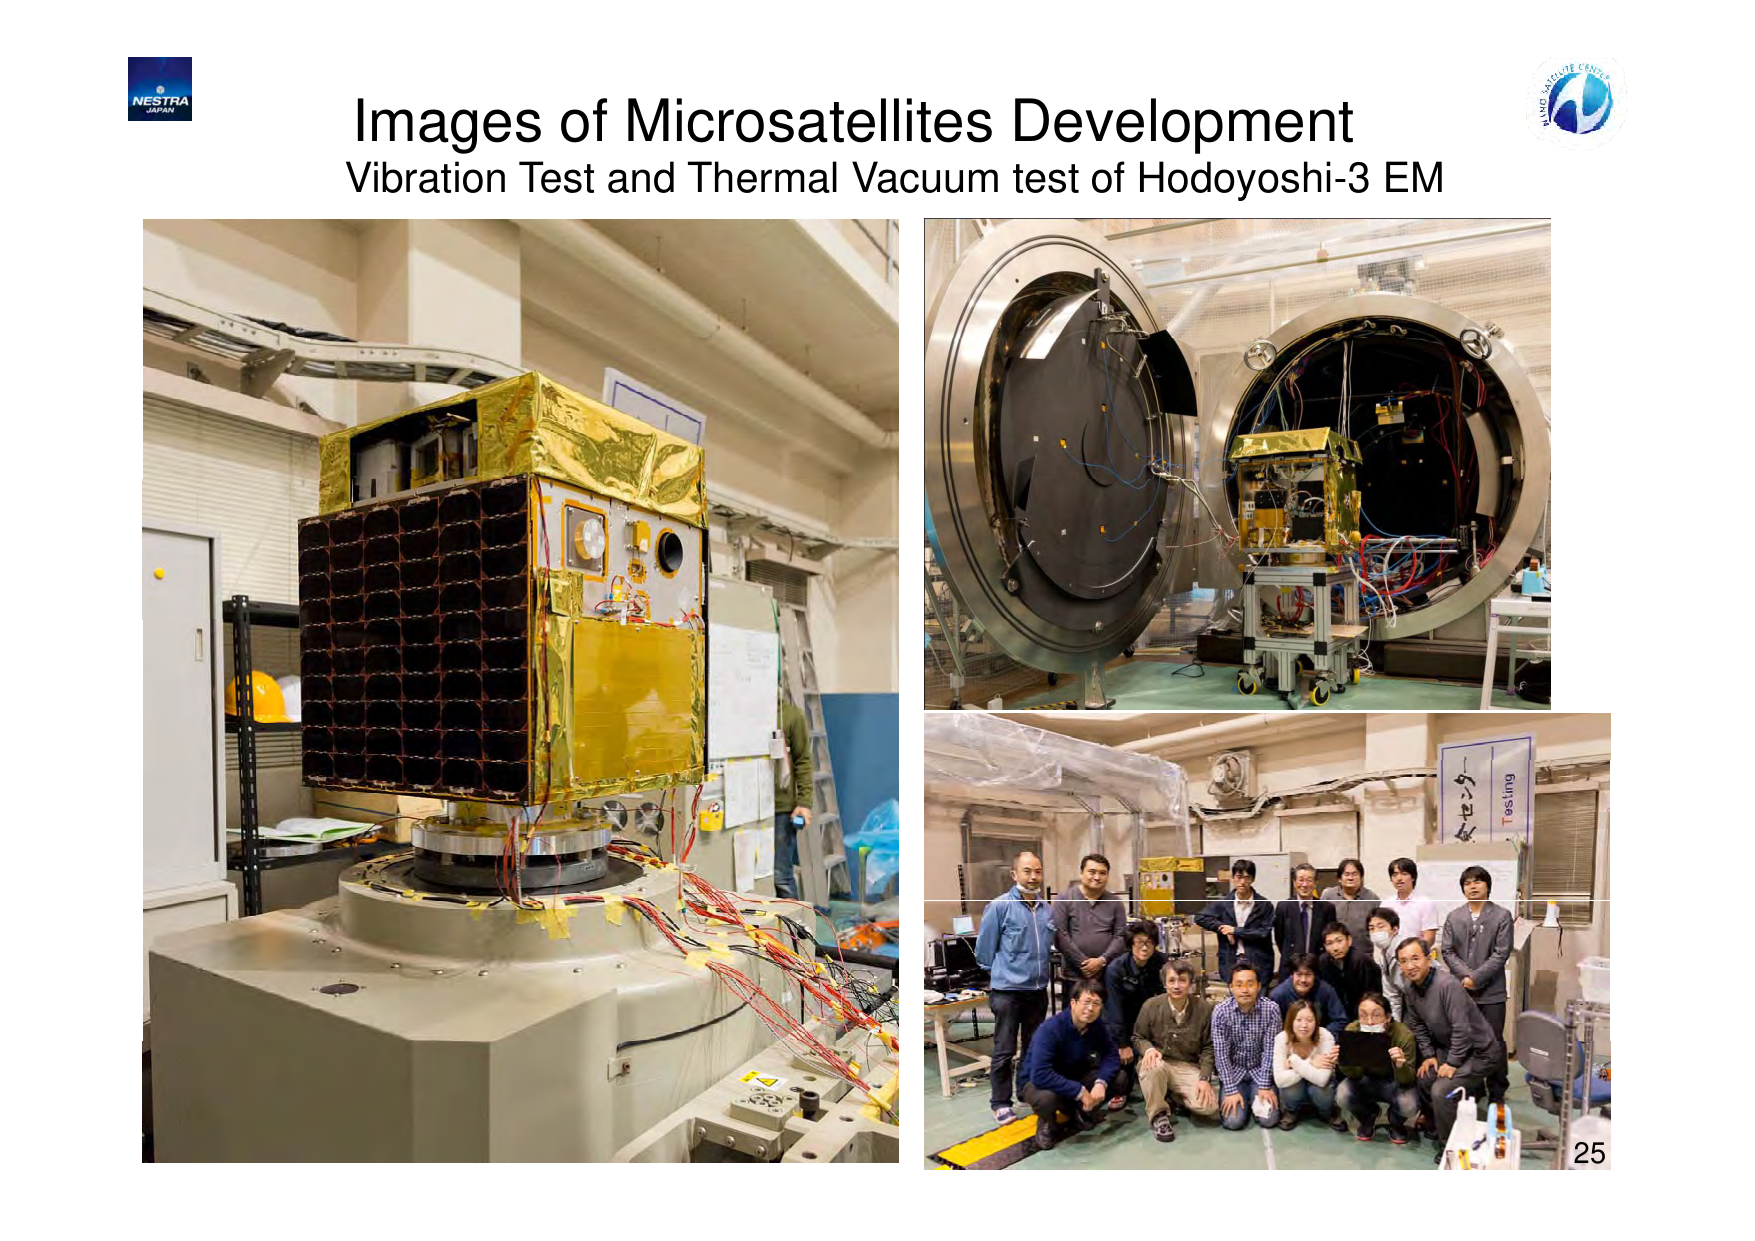
NESTRA
JAPAN

Images of Microsatellites Development
Vibration Test and Thermal Vacuum test of HodoYoshi-3 EM

Testing
(Handwritten Japanese characters: テスト中)

25